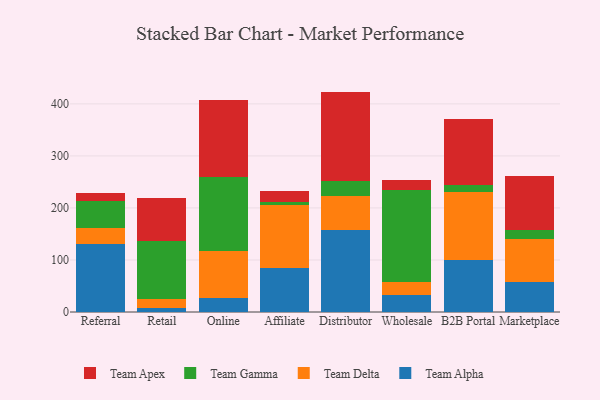
{"axis": {"x": "Channel", "y": "LTV (USD)"}, "legend": ["Team Alpha", "Team Apex", "Team Delta", "Team Gamma"], "data": [{"x": "Referral", "y": 131.3, "type": "Team Alpha"}, {"x": "Referral", "y": 31.1, "type": "Team Delta"}, {"x": "Referral", "y": 50.1, "type": "Team Gamma"}, {"x": "Referral", "y": 16.5, "type": "Team Apex"}, {"x": "Retail", "y": 8.6, "type": "Team Alpha"}, {"x": "Retail", "y": 16.4, "type": "Team Delta"}, {"x": "Retail", "y": 111.6, "type": "Team Gamma"}, {"x": "Retail", "y": 82.0, "type": "Team Apex"}, {"x": "Online", "y": 27.3, "type": "Team Alpha"}, {"x": "Online", "y": 89.7, "type": "Team Delta"}, {"x": "Online", "y": 142.2, "type": "Team Gamma"}, {"x": "Online", "y": 149.1, "type": "Team Apex"}, {"x": "Affiliate", "y": 84.8, "type": "Team Alpha"}, {"x": "Affiliate", "y": 120.0, "type": "Team Delta"}, {"x": "Affiliate", "y": 6.4, "type": "Team Gamma"}, {"x": "Affiliate", "y": 20.6, "type": "Team Apex"}, {"x": "Distributor", "y": 157.8, "type": "Team Alpha"}, {"x": "Distributor", "y": 64.8, "type": "Team Delta"}, {"x": "Distributor", "y": 28.5, "type": "Team Gamma"}, {"x": "Distributor", "y": 172.5, "type": "Team Apex"}, {"x": "Wholesale", "y": 33.2, "type": "Team Alpha"}, {"x": "Wholesale", "y": 25.2, "type": "Team Delta"}, {"x": "Wholesale", "y": 175.2, "type": "Team Gamma"}, {"x": "Wholesale", "y": 20.6, "type": "Team Apex"}, {"x": "B2B Portal", "y": 100.4, "type": "Team Alpha"}, {"x": "B2B Portal", "y": 130.5, "type": "Team Delta"}, {"x": "B2B Portal", "y": 13.3, "type": "Team Gamma"}, {"x": "B2B Portal", "y": 126.2, "type": "Team Apex"}, {"x": "Marketplace", "y": 57.9, "type": "Team Alpha"}, {"x": "Marketplace", "y": 83.3, "type": "Team Delta"}, {"x": "Marketplace", "y": 16.7, "type": "Team Gamma"}, {"x": "Marketplace", "y": 103.8, "type": "Team Apex"}]}